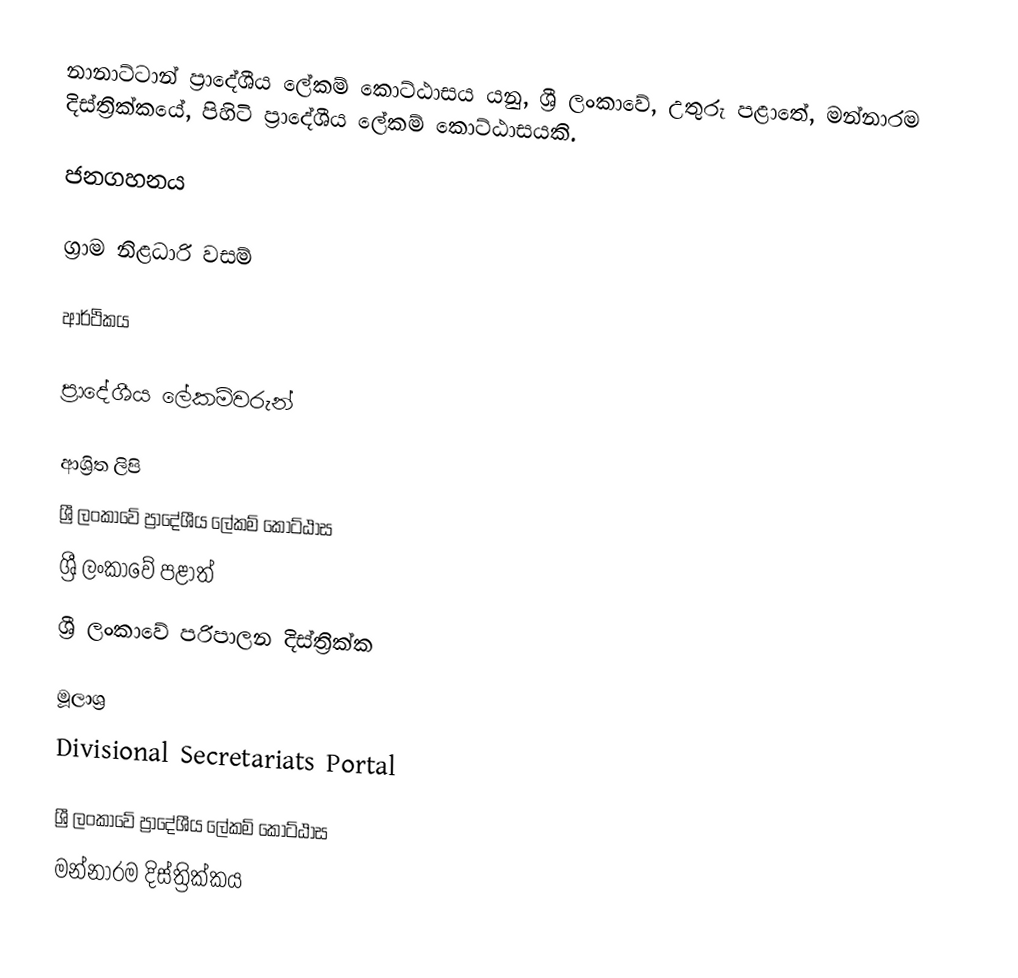
නානාට්ටාන් ප්‍රාදේශීය ලේකම් කොට්ඨාසය යනු,  ශ්‍රී ලංකාවේ, උතුරු පළාතේ,   මන්නාරම දිස්ත්‍රික්කයේ, පිහිටි ප්‍රාදේශීය ලේකම් කොට්ඨාසයකි.

ජනගහනය

ග්‍රාම නිළධාරි වසම්

ආර්ථිකය

ප්‍රාදේශීය ලේකම්වරුන්

ආශ්‍රිත ලිපි
ශ්‍රී ලංකාවේ ප්‍රාදේශීය ලේකම් කොට්ඨාස
ශ්‍රී ලංකාවේ පළාත්
ශ්‍රී ලංකාවේ පරිපාලන දිස්ත්‍රික්ක

මූලාශ්‍ර
 Divisional Secretariats Portal

ශ්‍රී ලංකාවේ ප්‍රාදේශීය ලේකම් කොට්ඨාස
මන්නාරම දිස්ත්‍රික්කය